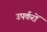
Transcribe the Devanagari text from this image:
उपर्करों